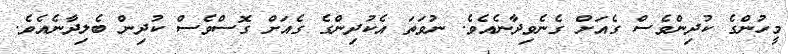
މީހުންގެ ކުދިންވެސް ގެއަށް ގެނެވިދާނެއެވެ. ނުވަތަ އެކުދިންގެ ގެއަށް ގޮސްވެސް ކުދިން ބެލިދާނެއެވެ.